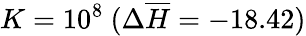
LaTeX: K=10^{8}~(\Delta\overline{{H}}=-18.42)